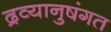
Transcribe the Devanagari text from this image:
द्रव्यानुषंगत